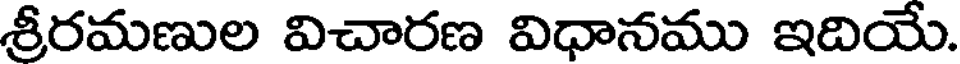
శ్రీరమణుల విచారణ విధానము ఇదియే.